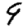
Digit: 9